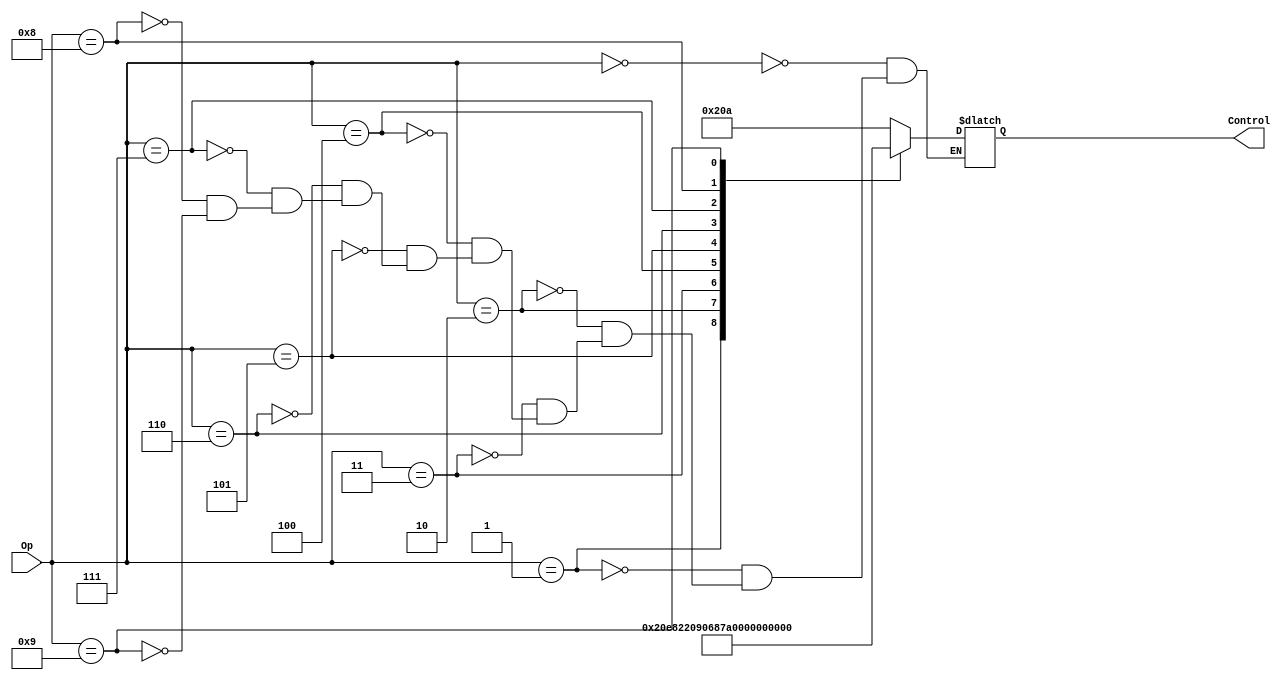
// main_control.v
// Michael P. Lang
// 18 March 2013
// michael@mplang.net
// Main control module.

module main_control(Op,Control); 
    input [3:0] Op;
    output reg [9:0] Control;

    always @(Op) case (Op)
        // {RegDst, BEQ, BNE, MemtoReg, MemWrite, ALUSrc, RegWrite, ALUctl[2], ALUctl[1], ALUctl[0]}
        4'b0000: Control <= 10'b1000001010; // add
        4'b0001: Control <= 10'b1000001110; // sub 
        4'b0010: Control <= 10'b1000001000; // and  
        4'b0011: Control <= 10'b1000001001; // or    
        4'b0100: Control <= 10'b0000011010; // addi    
        4'b0101: Control <= 10'b0001111010; // lw    
        4'b0110: Control <= 10'b0000110010; // sw    
        4'b0111: Control <= 10'b1000001111; // slt    
        4'b1000: Control <= 10'b0100000110; // beq
        4'b1001: Control <= 10'b0010000110; // bne
    endcase
endmodule